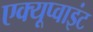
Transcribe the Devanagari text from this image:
एक्यूप्वाइंट